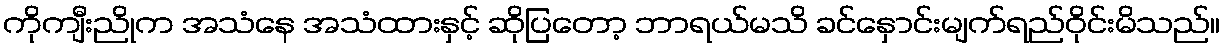
ကိုကျီးညိုက အသံနေ အသံထားနှင့် ဆိုပြတော့ ဘာရယ်မသိ ခင်နှောင်းမျက်ရည်ဝိုင်းမိသည်။